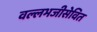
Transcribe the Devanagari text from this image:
वल्लभजीसेवित